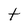
Character: t